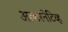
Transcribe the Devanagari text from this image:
अल्टरनेटिव्ह